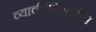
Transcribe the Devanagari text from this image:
व्याक्तीनिष्ठ्तेचे